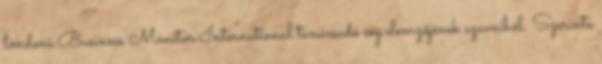
londoni Business Monitor International tanácsadó cég elemzőjének szavaiból. Szerinte